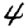
Digit: 4